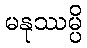
မနုဿမ္ပိ